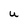
Character: U